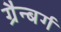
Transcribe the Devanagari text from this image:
ग्रैन्बर्ग